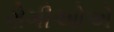
રોગીઓએ